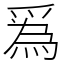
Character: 𤔡